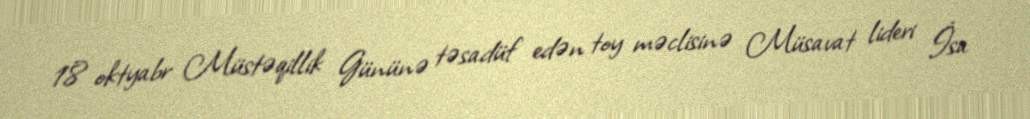
18 oktyabr Müstəqillik Gününə təsadüf edən toy məclisinə Müsavat lideri İsa